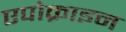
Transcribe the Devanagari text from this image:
एपोक्राइन